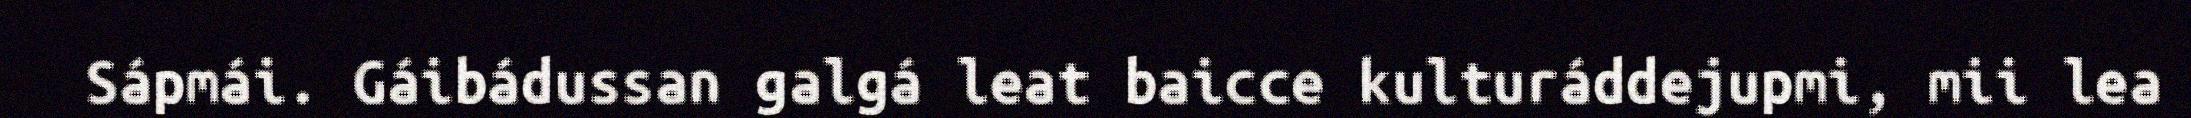
Sápmái. Gáibádussan galgá leat baicce kulturáddejupmi, mii lea